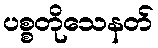
ပစ္စတိုသေနတ်